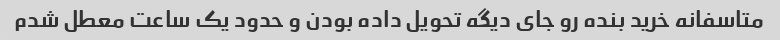
متاسفانه خرید بنده رو جای دیگه تحویل داده بودن‌ و حدود یک ساعت معطل شدم